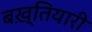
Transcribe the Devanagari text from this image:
बख़्तियारी